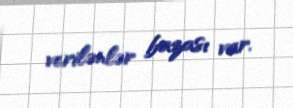
verilənlər bazası var.